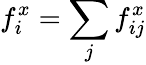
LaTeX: f_{i}^{x}=\sum_{j}f_{ij}^{x}